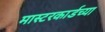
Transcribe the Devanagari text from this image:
मास्टरकार्डच्या